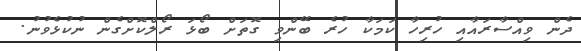
ދެން ވިއްސާރައާއި ހުރިހާ ކަމަކާ ހުރެ ބޭންވި ގޮތަށް ބޯޅަ ރޯލްކޮށްގެން ނުކުޅެވުނު.